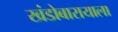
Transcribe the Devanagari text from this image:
खंडोबारायाला